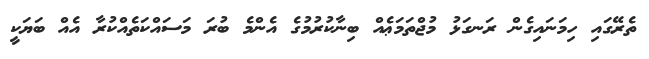
ތެރޭގައި ހިމަނައިގެން ރަނގަޅު މުޖްތަމަޢެއް ބިނާކުރުމުގެ އެންމެ ބުރަ މަސައްކަތެއްކުރާ އެެއް ބަޔަކީ